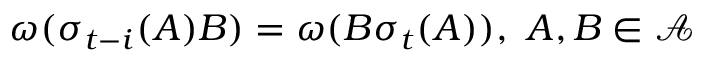
\omega ( \sigma _ { t - i } ( A ) B ) = \omega ( B \sigma _ { t } ( A ) ) , \, \, A , B \in \mathcal { A }